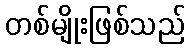
တစ်မျိုးဖြစ်သည်